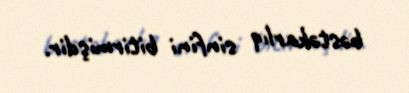
bəstəkarlıq sinfini bitirmişdir.